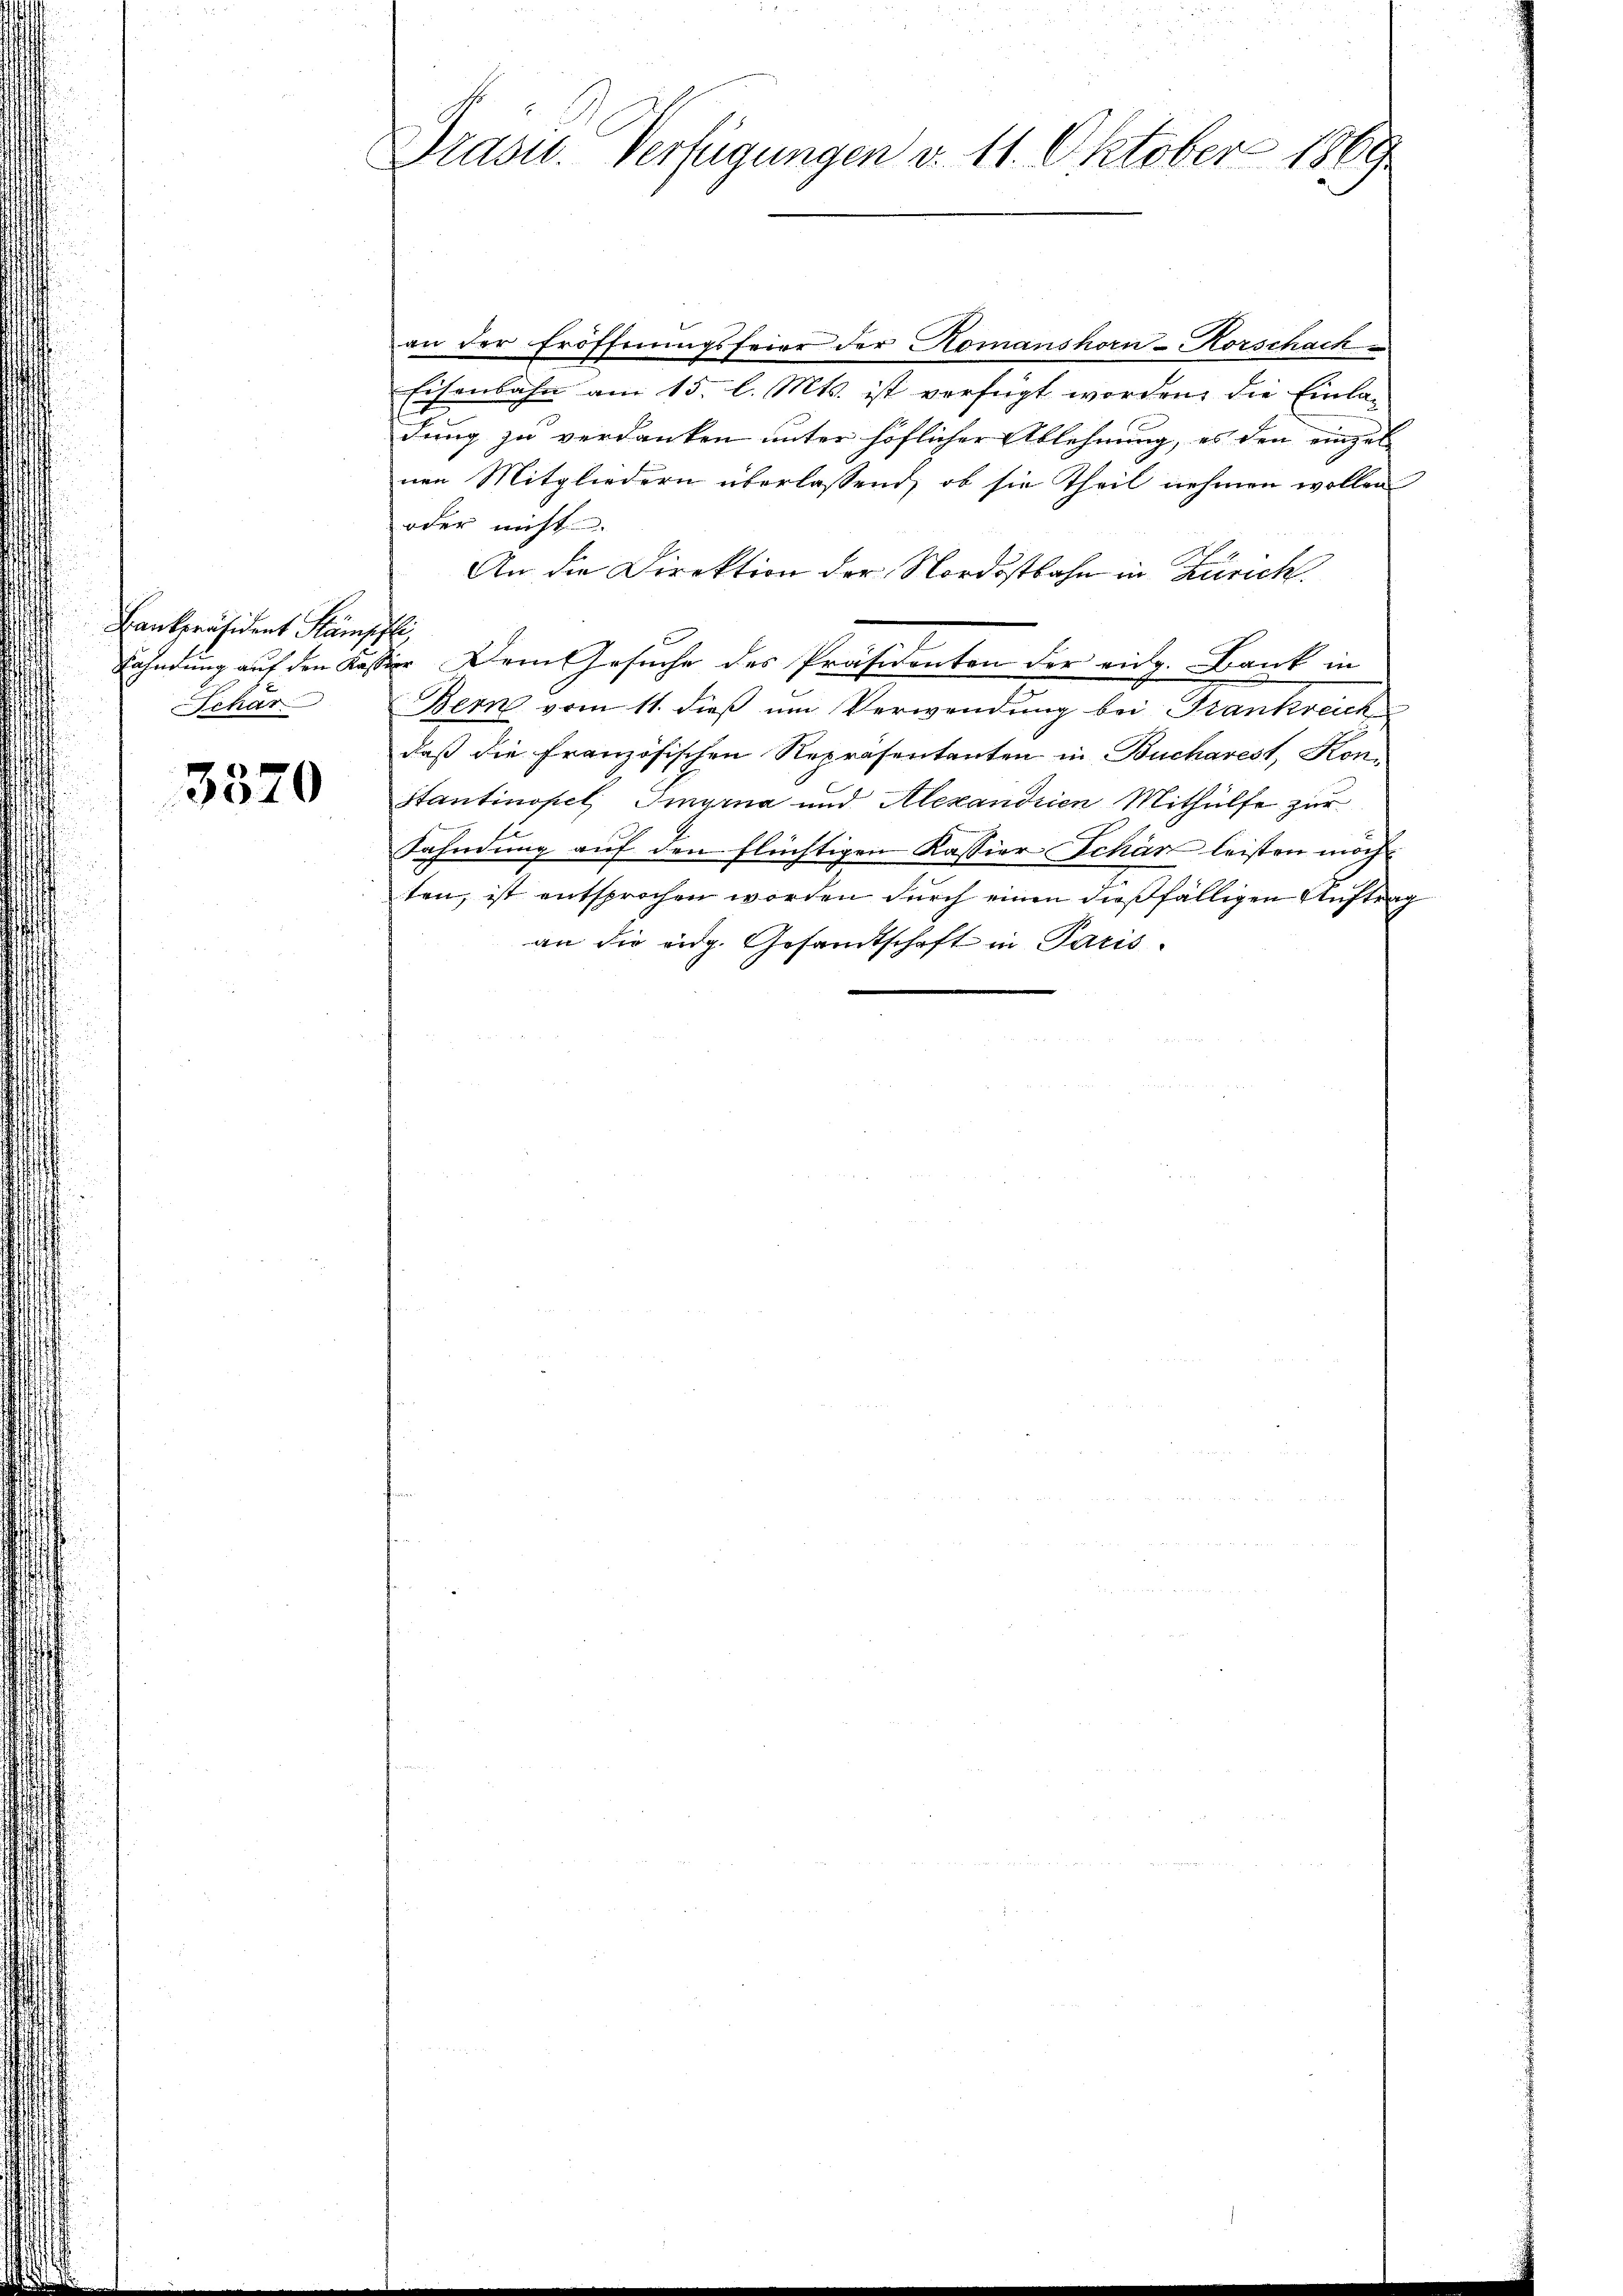
Cankpräsident Kämp
Schar

3570

Drasu. Verfügungen v. 11. Oktober 1869

an der Eröffnungsfeier der Komanshorn-Korschach
Eisenbahn am 15. l. Mts. ist verfügt worden, die Einladung zu verdanken unter höflicher Ablehnung, es den einzul
nen Mitgliedern überlassend, ob sie theil nehmen wollen
oder nicht
An die Direktion der Nordostbahn in Zürich.
.
Fahndung auf den Kassig Dem Gesuche des Präsidenten der rich. Bank in
Bern vom 11. dieß um Verwendung bei Frankreich
daß die Französischen Repräsentanten in Bucharest, Kon-
Stantinopel Imyrna und Alexandrien Mithülfe zur
f.
Fahndung auf den flüchtigen Kassier Schär leisten möchten, ist entsprochen worden durch einen dießfälligen Auftrag
an die eidg. Gesandtschaft in Paris.